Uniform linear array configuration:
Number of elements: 16
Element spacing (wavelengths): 0.5
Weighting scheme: cosine
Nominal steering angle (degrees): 45
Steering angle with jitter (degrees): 45.428
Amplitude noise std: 0.05
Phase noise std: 0.05

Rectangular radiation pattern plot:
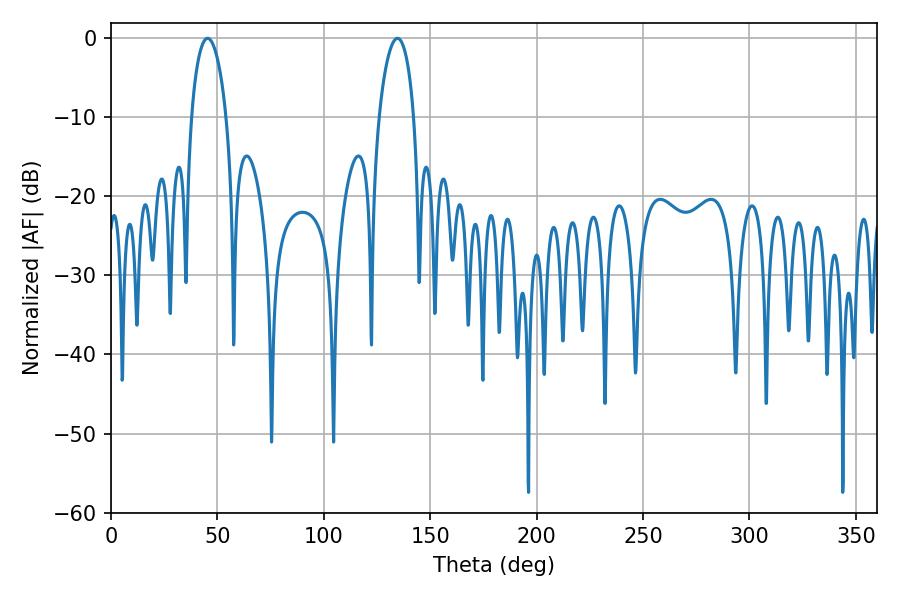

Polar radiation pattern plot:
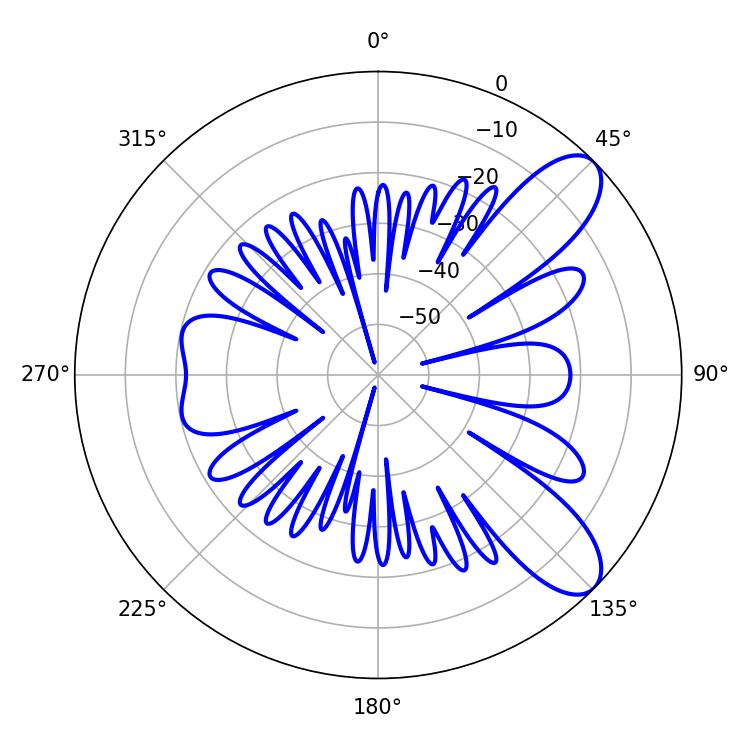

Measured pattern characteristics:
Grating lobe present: FALSE
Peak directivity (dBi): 9.057
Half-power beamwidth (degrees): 9.36
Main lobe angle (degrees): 134.64